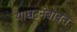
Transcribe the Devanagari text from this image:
याघटनेबाबत